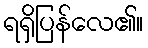
ရရှိပြန်လေ၏။